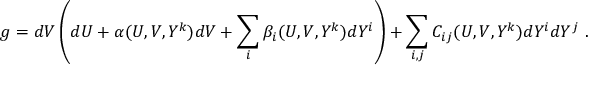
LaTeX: g = d V \left( d U + \alpha ( U , V , Y ^ { k } ) d V + \sum _ { i } \beta _ { i } ( U , V , Y ^ { k } ) d Y ^ { i } \right) + \sum _ { i , j } C _ { i j } ( U , V , Y ^ { k } ) d Y ^ { i } d Y ^ { j } ~ .